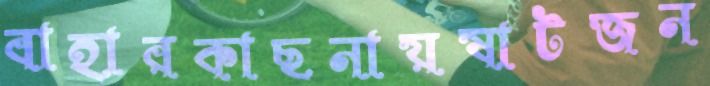
বাহারকাছনায়ষাটজন